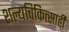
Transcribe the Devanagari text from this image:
शल्यचिकित्साही